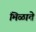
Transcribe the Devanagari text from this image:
मिळाते